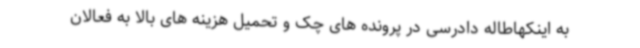
به اینکهاطاله دادرسی در پرونده های چک و تحمیل هزینه های بالا به فعالان